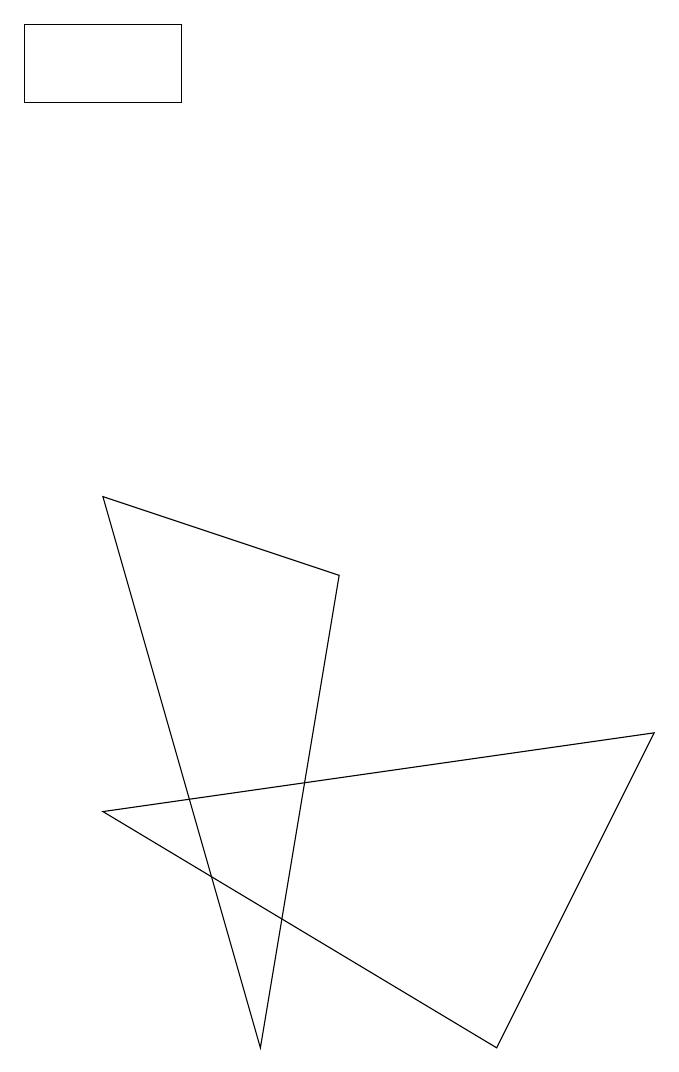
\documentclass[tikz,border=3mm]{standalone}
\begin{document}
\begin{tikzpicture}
\draw (6,0) -- (1,3) -- (8,4) -- cycle;
\draw (0,12) rectangle (2,13);
\draw (3,0) -- (4,6) -- (1,7) -- cycle;
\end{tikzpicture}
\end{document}